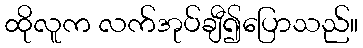
ထိုလူက လက်အုပ်ချီ၍ပြောသည်။